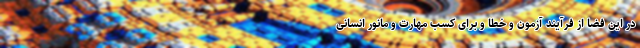
در این فضا از فرآیند آزمون و خطا و برای کسب مهارت و مانور انسانی